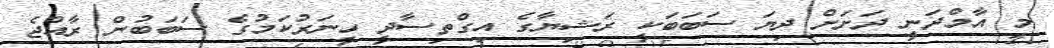
މި އާމްދަނީ ދަށަށް ދިޔަ ސަބަބަކީ ރަޝިޔާގެ އިގްތިސާދީ ހީނަރުކަމުގެ ސަބަބުން ރާއްޖެ